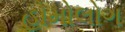
હોમોલોગ